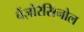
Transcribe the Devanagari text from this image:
बेंज़ोरेसिनोल